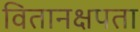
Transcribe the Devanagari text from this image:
वितानक्षपता